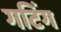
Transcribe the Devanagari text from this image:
गटिंग